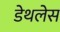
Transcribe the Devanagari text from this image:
डेथलेस